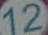
12